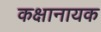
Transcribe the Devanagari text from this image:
कक्षानायक